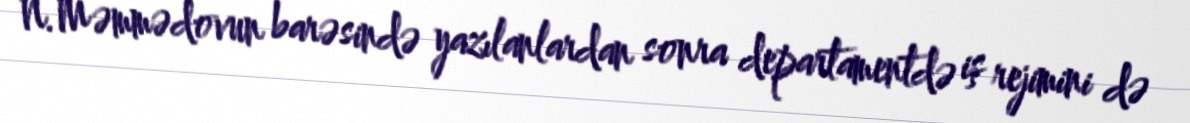
N.Məmmədovun barəsində yazılanlardan sonra departamentdə iş rejimini də